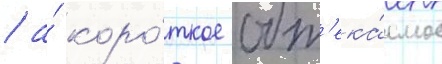
/ а́ коро́ткое обт'ека́емое